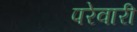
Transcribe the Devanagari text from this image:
परेवारी